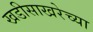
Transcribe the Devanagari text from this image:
खडीसाखरेच्या